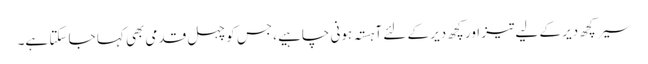
سیر کچھ دیر کے لیے تیز اور کچھ دیر کے لئے آہستہ ہونی چاہیے ،جس کو چہل قدمی بھی کہا جا سکتا ہے۔